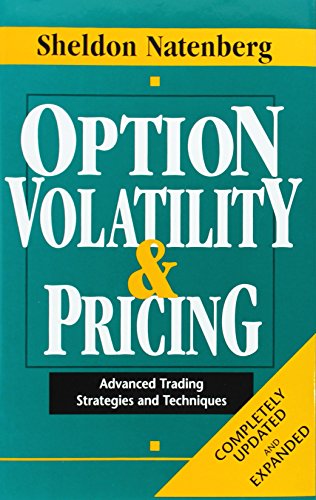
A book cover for Option Volatility & Pricing: Advanced Trading Strategies and Techniques; Sheldon Natenberg; Business & Money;